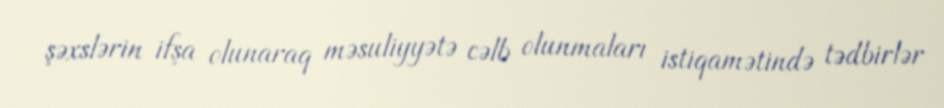
şəxslərin ifşa olunaraq məsuliyyətə cəlb olunmaları istiqamətində tədbirlər